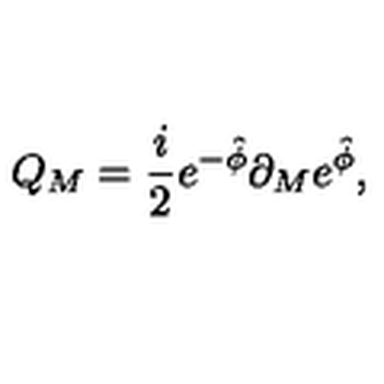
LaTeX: Q _ { M } = { \frac { i } { 2 } } e ^ { - \hat { \phi } } \partial _ { M } e ^ { \hat { \phi } } ,